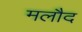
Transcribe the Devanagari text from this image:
मलौद